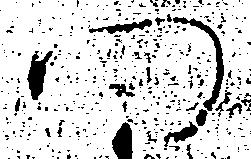
門